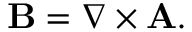
\mathbf { B } = { \boldsymbol { \nabla } } \times \mathbf { A } .